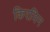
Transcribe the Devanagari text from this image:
किरमिन